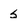
Character: s